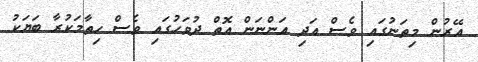
އޭރުން މިތަނުގައި ވެސް އަދި އަންނަން އޮތް ދުވަހުގައި ވެސް ހިތާމަކުރާ ބަޔަކު